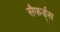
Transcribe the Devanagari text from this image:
सैफर्ड्स